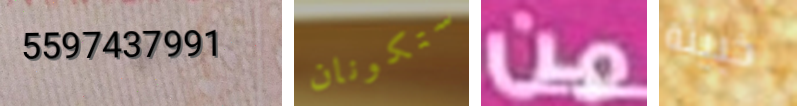
5597437991 ستكونان من خبيثة